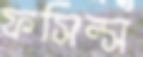
ফসিল্স